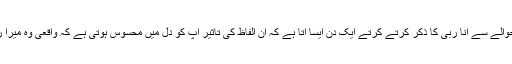
رسمی حوالے سے انا ربی کا ذکر کرتے کرتے ایک دن ایسا آتا ہے کہ ان الفاظ کی تاثیر آپ کو دل میں محسوس ہوتی ہے کہ واقعی وہ میرا رب ہے۔